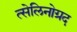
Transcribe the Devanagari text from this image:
त्सेलिनोग्रद